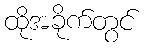
ထိုအခိုက်တွင်